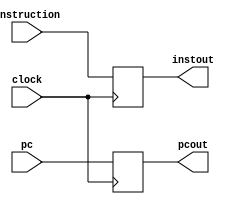
module IDIFreg (instout, pcout, instruction, pc, clock);

output reg[31:0] instout, pcout;
input  [31:0] instruction,pc;
input clock;
 
always@(posedge clock)
begin
instout=instruction;
pcout=pc;
end

endmodule